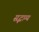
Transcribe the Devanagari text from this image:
सद्भाग्य